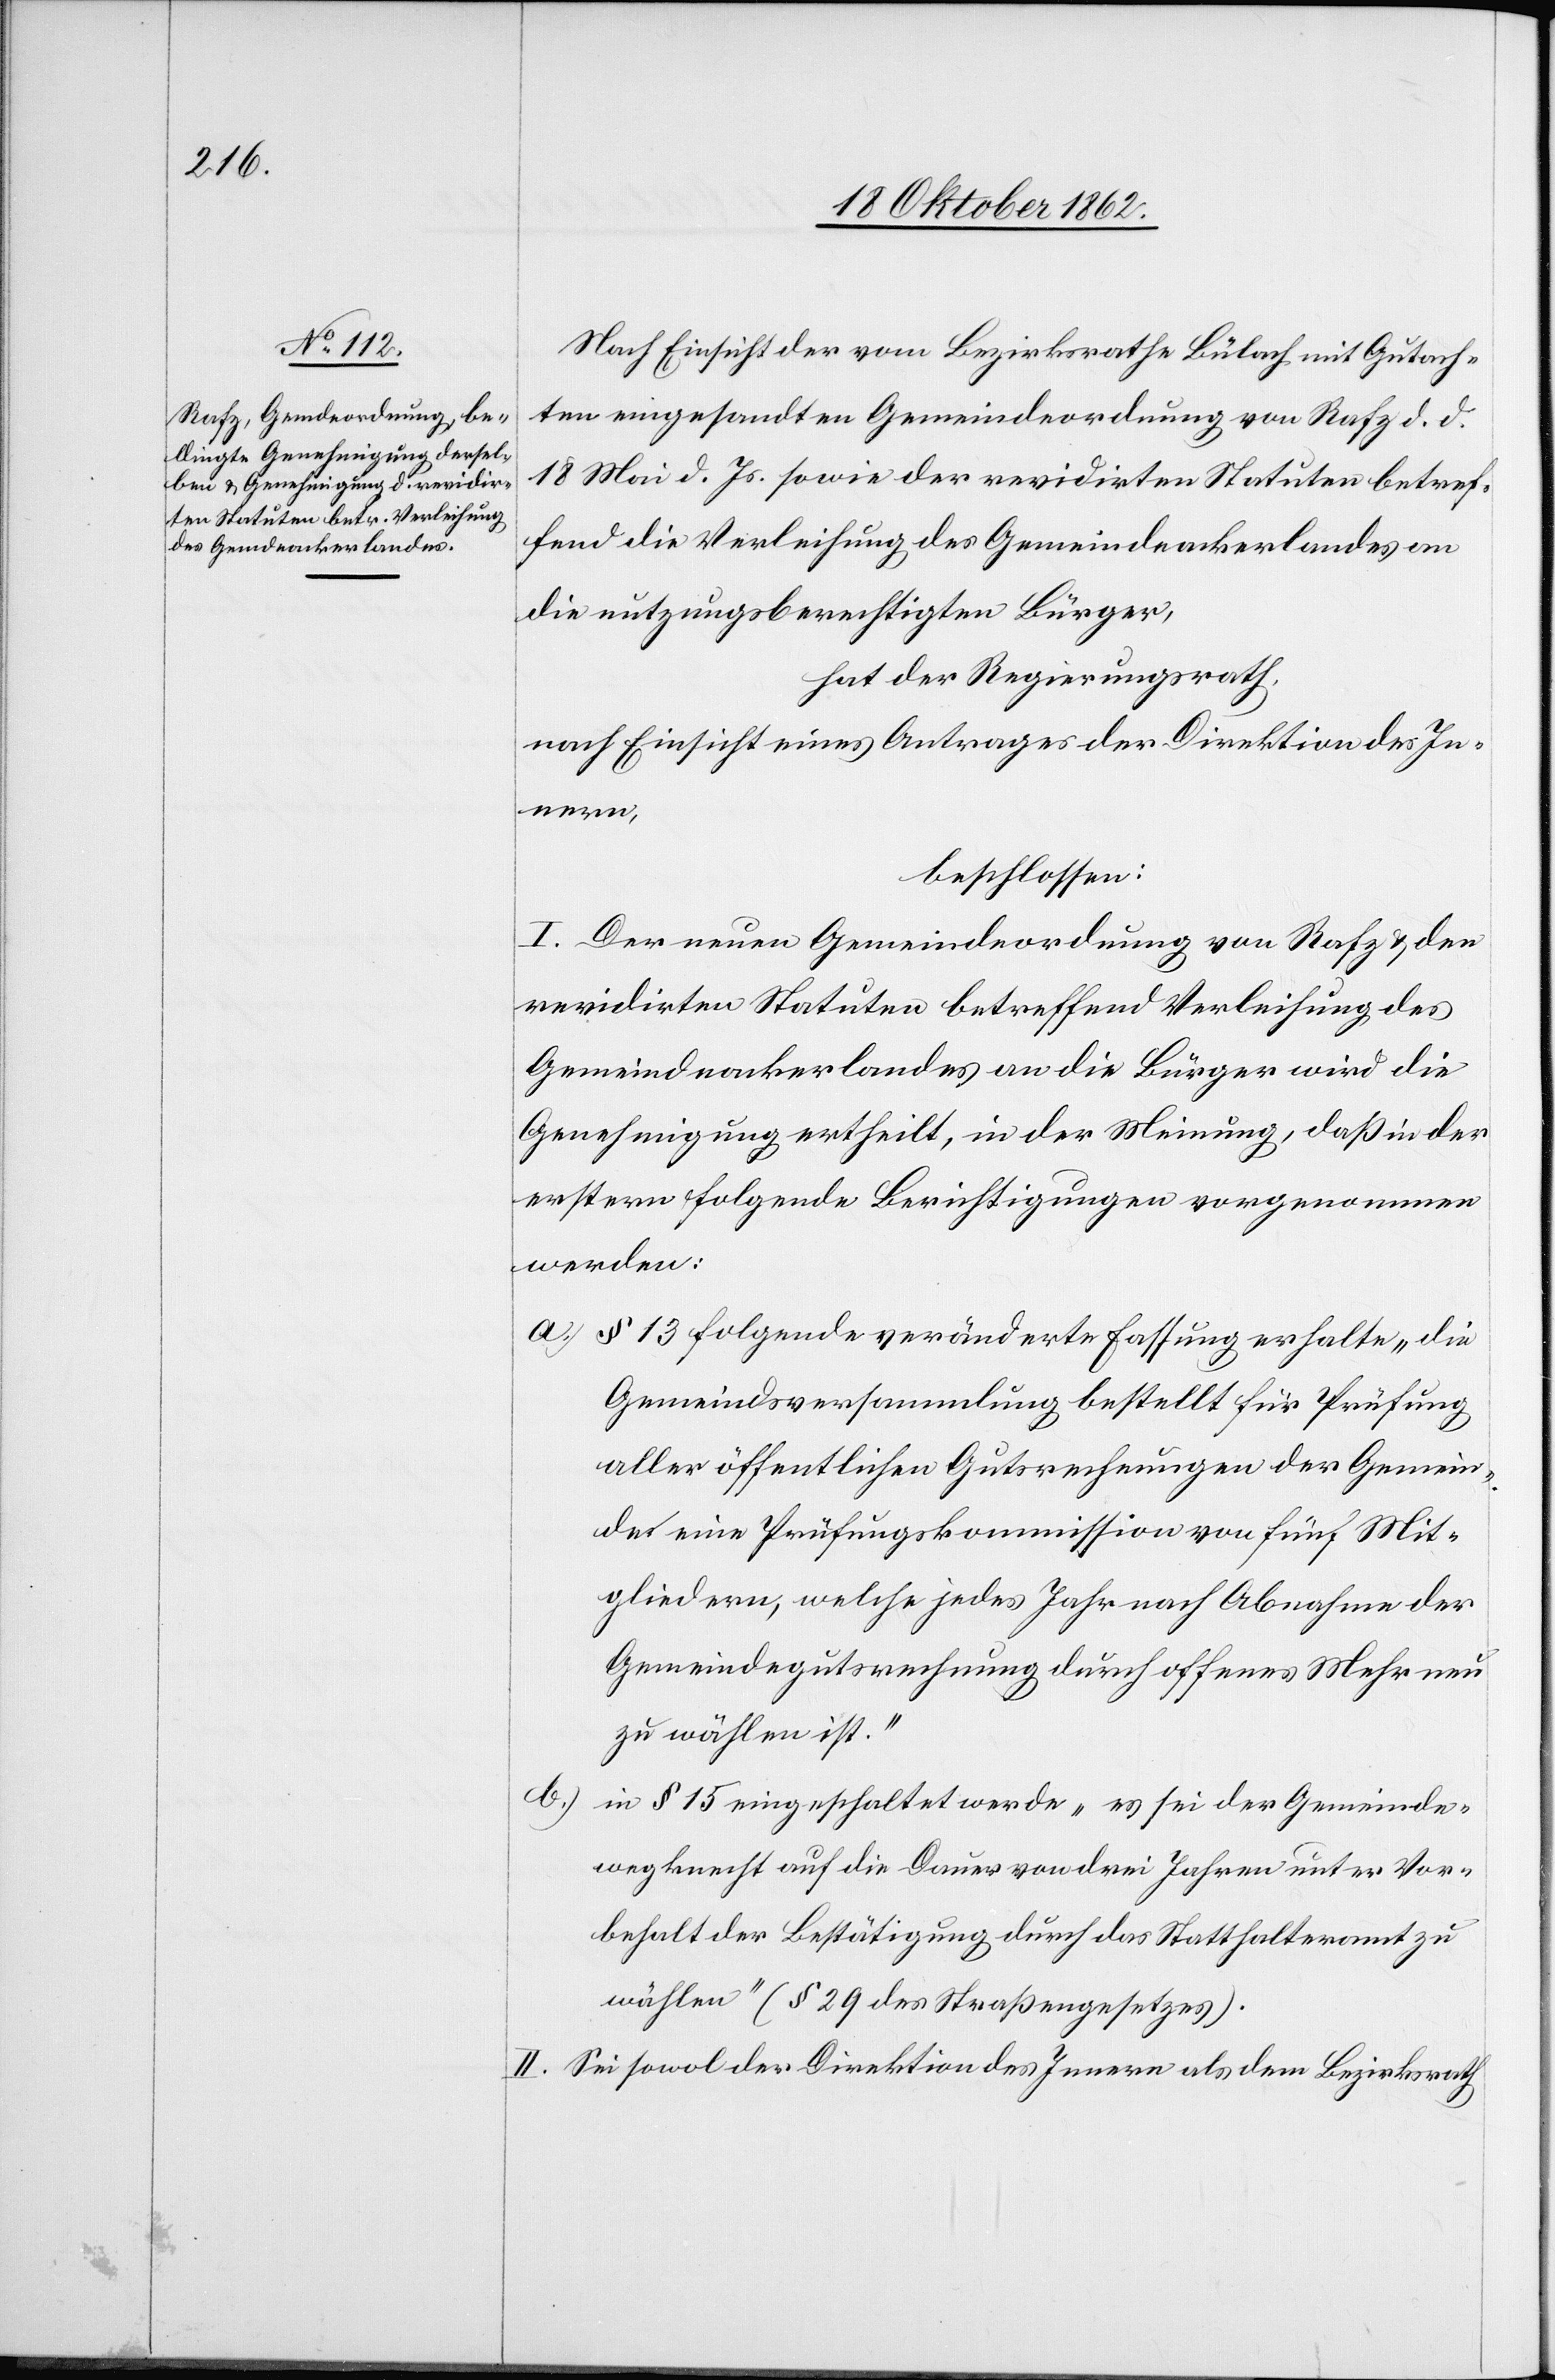
Nach Einsicht der vom Bezirksrathe Bülach mit Gutach¬
ten eingesandten Gemeindeordnung von Rafz d. d.
18. Mai d. Js. sowie der revidirten Statuten betref¬
fend die Verleihung des Gemeindeackerlandes an
die nutzungsberechtigten Bürger,
hat der Regierungsrath,
nach Einsicht eines Antrages der Direktion des In¬
nern,
beschlossen:
I. Der neuen Gemeindeordnung von Rafz u. den
revidirten Statuten betreffend Verleihung des
Gemeindeackerlandes an die Bürger wird die
Genehmigung ertheilt, in der Meinung, daß in der
erstern folgende Berichtigungen vorgenommen
werden:
a) § 13 folgende veränderte Fassung erhalte „die
Gemeindsversammlung bestellt für Prüfung
aller öffentlichen Gutsrechnungen der Gemein¬
de eine Prüfungskommission von fünf Mit¬
gliedern, welche jedes Jahr nach Abnahme der
Gemeindegutsrechnung durch offenes Mehr neu
zu wählen ist.“
b)
in § 15 eingeschaltet werde „es sei der Gemeinde¬
wegknecht auf die Dauer von drei Jahren unter Vor¬
behalt der Bestätigung durch das Statthalteramt zu
wählen“ (§ 29 des Straßengesetzes).
II. Sei sowol der Direktion des Innern als dem Bezirksrath